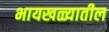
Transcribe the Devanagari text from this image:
भायखळ्यातील